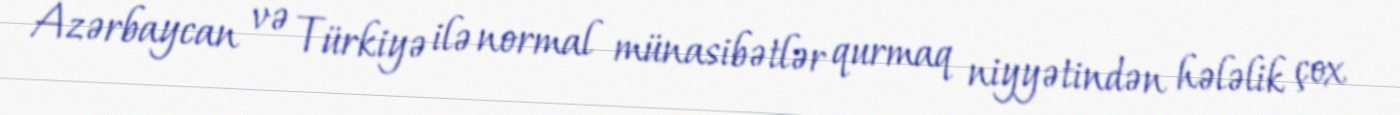
Azərbaycan və Türkiyə ilə normal münasibətlər qurmaq niyyətindən hələlik çox